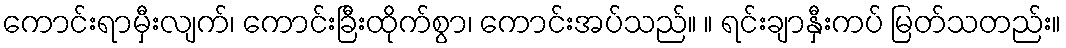
ကောင်းရာမှီးလျက်၊ ကောင်းခြီးထိုက်စွာ၊ ကောင်းအပ်သည်။ ။ ရင်းချာနှီးကပ် မြတ်သတည်း။